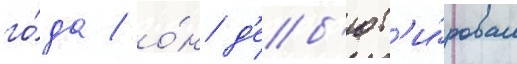
го́да / о́н д'еб'ют'и́ровал